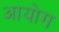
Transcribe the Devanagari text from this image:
अायोग